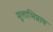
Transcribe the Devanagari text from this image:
मूलाभिप्राय